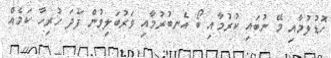
ހޮޑުލުމާއި މޭ ނުބައި ކުރުމާއި ބޯ އެނބުރުމާއި ވަރުބަލިވުން ފަދަ ހުރިހާ ކަމެއް